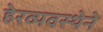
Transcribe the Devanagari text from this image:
हेरव्यवस्थेने